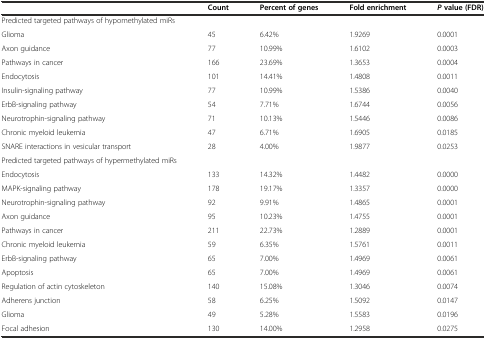
|  | Count | Percent of genes | Fold enrichment | Pvalue (FDR) |
 | --- | --- | --- | --- | --- |
 | Predicted targeted pathways of hypomethylated miRs |  |  |  |  |
 | Glioma | 45 | 6.42% | 1.9269 | 0.0001 |
 | Axon guidance | 77 | 10.99% | 1.6102 | 0.0003 |
 | Pathways in cancer | 166 | 23.69% | 1.3653 | 0.0004 |
 | Endocytosis | 101 | 14.41% | 1.4808 | 0.0011 |
 | Insulin-signaling pathway | 77 | 10.99% | 1.5386 | 0.0040 |
 | ErbB-signaling pathway | 54 | 7.71% | 1.6744 | 0.0056 |
 | Neurotrophin-signaling pathway | 71 | 10.13% | 1.5446 | 0.0086 |
 | Chronic myeloid leukemia | 47 | 6.71% | 1.6905 | 0.0185 |
 | SNARE interactions in vesicular transport | 28 | 4.00% | 1.9877 | 0.0253 |
 | Predicted targeted pathways of hypermethylated miRs |  |  |  |  |
 | Endocytosis | 133 | 14.32% | 1.4482 | 0.0000 |
 | MAPK-signaling pathway | 178 | 19.17% | 1.3357 | 0.0000 |
 | Neurotrophin-signaling pathway | 92 | 9.91% | 1.4865 | 0.0001 |
 | Axon guidance | 95 | 10.23% | 1.4755 | 0.0001 |
 | Pathways in cancer | 211 | 22.73% | 1.2889 | 0.0001 |
 | Chronic myeloid leukemia | 59 | 6.35% | 1.5761 | 0.0011 |
 | ErbB-signaling pathway | 65 | 7.00% | 1.4969 | 0.0061 |
 | Apoptosis | 65 | 7.00% | 1.4969 | 0.0061 |
 | Regulation of actin cytoskeleton | 140 | 15.08% | 1.3046 | 0.0074 |
 | Adherens junction | 58 | 6.25% | 1.5092 | 0.0147 |
 | Glioma | 49 | 5.28% | 1.5583 | 0.0196 |
 | Focal adhesion | 130 | 14.00% | 1.2958 | 0.0275 |